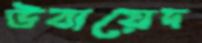
উবায়েদ